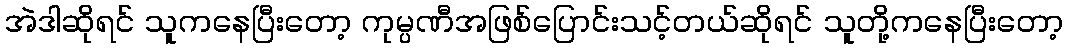
အဲဒါဆိုရင် သူကနေပြီးတော့ ကုမ္ပဏီအဖြစ်ပြောင်းသင့်တယ်ဆိုရင် သူတို့ကနေပြီးတော့